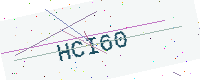
Text: HCI60